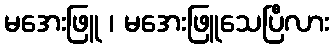
မအေးဖြူ ၊ မအေးဖြူသေပြီလား